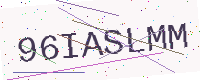
Text: 96IASLMM